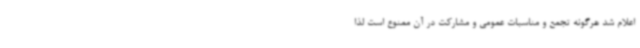
اعلام شد هرگونه تجمع و مناسبات عمومی و مشارکت در آن ممنوع است لذا